Lunatic asylums Madras 1877-1891 - 1877-1891
Year: 1877
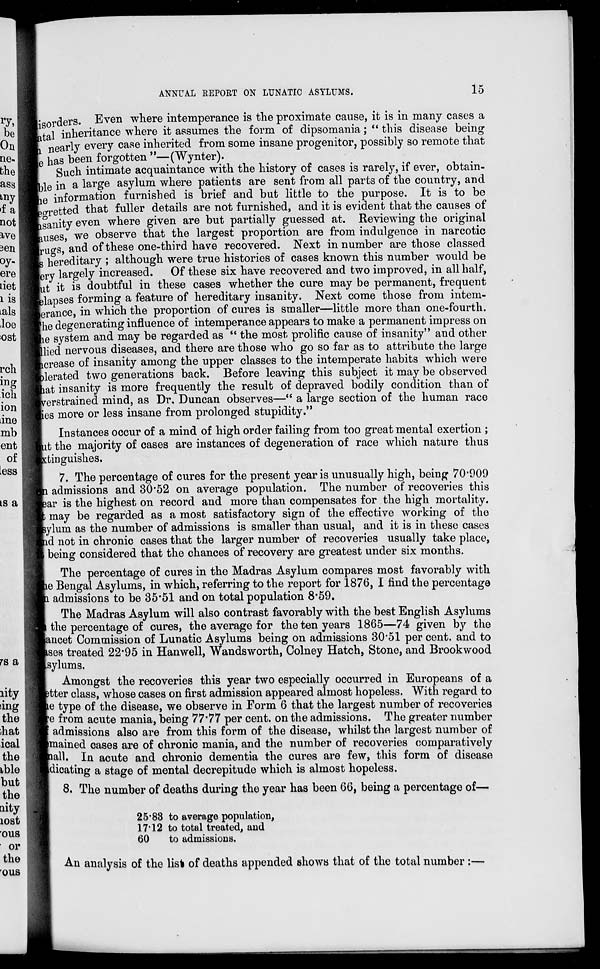
ANNUAL REPORT ON LUNATIC ASYLUMS.
15
disorders. Even where intemperance is the proximate cause, it is in many cases a
atal inheritance where it assumes the form of dipsomania ; " this disease being
nearly every case inherited from some insane progenitor, possibly so remote that
he has been forgotten "—(Wynter).
Such intimate acquaintance with the history of cases is rarely, if ever, obtain-
able in a large asylum where patients are sent from all parts of the country, and
the information furnished is brief and but little to the purpose. It is to be
regretted that fuller details are not furnished, and it is evident that the causes of
insanity even where given are but partially guessed at. Reviewing the original
causes, we observe that the largest proportion are from indulgence in narcotic
drugs, and of these one-third have recovered. Next in number are those classed
is hereditary ; although were true histories of cases known this number would be
very largely increased. Of these six have recovered and two improved, in all half,
but it is doubtful in these cases whether the cure may be permanent, frequent
elapses forming a feature of hereditary insanity. Next come those from intem-
erance, in which the proportion of cures is smaller—little more than one-fourth.
he degenerating influence of intemperance appears to make a permanent impress on
the system and may be regarded as " the most prolific cause of insanity" and other
lied nervous diseases, and there are those who go so far as to attribute the large
increase of insanity among the upper classes to the intemperate habits which were
lerated two generations back. Before leaving this subject it may be observed
that insanity is more frequently the result of depraved bodily condition than of
verstrained mind, as Dr. Duncan observes—" a large section of the human race
ies more or less insane from prolonged stupidity."
Instances occur of a mind of high order failing from too great mental exertion ;
it the majority of cases are instances of degeneration of race which nature thus
xtinguishes.
7. The percentage of cures for the present year is unusually high, being 70.909
in admissions and 30.52 on average population. The number of recoveries this
ear is the highest on record and more than compensates for the high mortality.
may be regarded as a most satisfactory sign of the effective working of the
asylum as the number of admissions is smaller than usual, and it is in these cases
and not in chronic cases that the larger number of recoveries usually take place,
being considered that the chances of recovery are greatest under six months.
The percentage of cures in the Madras Asylum compares most favorably with
the Bengal Asylums, in which, referring to the report for 1876, I find the percentage
admissions to be 35.51 and on total population 8.59.
The Madras Asylum will also contrast favorably with the best English Asylums
the percentage of cures, the average for the ten years 1865—74 given by the
ancet Commission of Lunatic Asylums being on admissions 30.51 per cent. and to
cases treated 22.95 in Hanwell, Wandsworth, Colney Hatch, Stone, and Brookwood
asylums.
Amongst the recoveries this year two especially occurred in Europeans of a
tter class, whose cases on first admission appeared almost hopeless. With regard to
e type of the disease, we observe in Form 6 that the largest number of recoveries
e from acute mania, being 77.77 per cent. on the admissions. The greater number
admissions also are from this form of the disease, whilst the largest number of
mained cases are of chronic mania, and the number of recoveries comparatively
small. In acute and chronic dementia the cures are few, this form of disease
indicating a stage of mental decrepitude which is almost hopeless.
8. The number of deaths during the year has been 66, being a percentage of—
25.83
17.12
60
to average population,
to total treated, and
to admissions.
An analysis of the list of deaths appended shows that of the total number :—